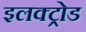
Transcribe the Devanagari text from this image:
इलक्ट्रोड